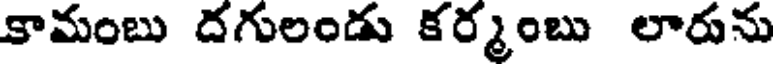
కామంబు దగులండు కర్మంబు లారును